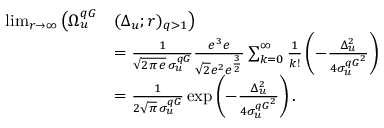
\begin{array} { r l } { \operatorname* { l i m } _ { r \to \infty } \big ( \Omega _ { u } ^ { q G } } & { ( \Delta _ { u } ; r ) _ { q > 1 } \big ) } \\ & { = \frac { 1 } { \sqrt { 2 \pi \, e } \, \sigma _ { u } ^ { q G } } \frac { e ^ { 3 } e } { \sqrt { 2 } e ^ { 2 } e ^ { \frac { 3 } { 2 } } } \sum _ { k = 0 } ^ { \infty } \frac { 1 } { k ! } \left( - \frac { \Delta _ { u } ^ { 2 } } { 4 { \sigma _ { u } ^ { q G } } ^ { 2 } } \right) } \\ & { = \frac { 1 } { 2 \sqrt { \pi } \, \sigma _ { u } ^ { q G } } \exp \left( - \frac { \Delta _ { u } ^ { 2 } } { 4 { \sigma _ { u } ^ { q G } } ^ { 2 } } \right) . } \end{array}